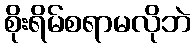
စိုးရိမ်စရာမလိုဘဲ